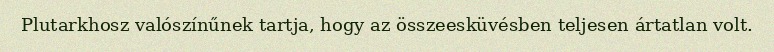
Plutarkhosz valószínűnek tartja, hogy az összeesküvésben teljesen ártatlan volt.